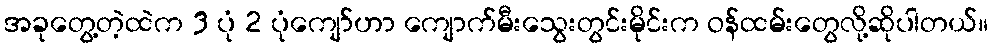
အခုတွေ့တဲ့ထဲက 3 ပုံ 2 ပုံကျော်ဟာ ကျောက်မီးသွေးတွင်းမိုင်းက ဝန်ထမ်းတွေလို့ဆိုပါတယ်။